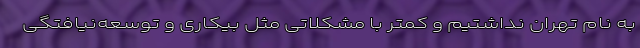
به نام تهران نداشتیم و کمتر با مشکلاتی مثل بیکاری و توسعه‌نیافتگی